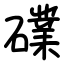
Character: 礏